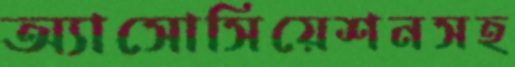
অ্যাসোসিয়েশনসহ